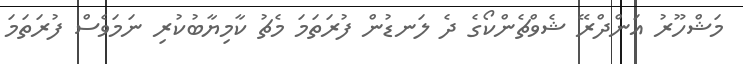
މަޝްހޫރު އަންދްރޭ ޝެވްޗެންކޯގެ ދެ ލަނޑުން ފުރަތަމަ މެޗު ކާމިޔާބުކުރި ނަމަވެސް ފުރަތަމަ